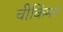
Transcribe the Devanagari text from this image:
चीकिंमत